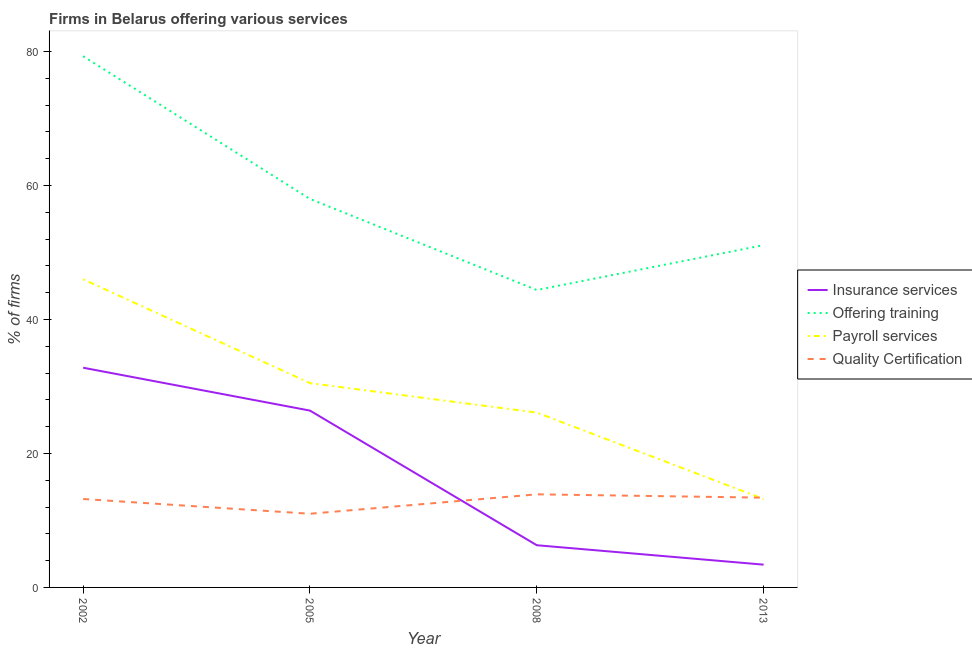
| Year | Insurance services | Offering training | Payroll services | Quality Certification |
 | --- | --- | --- | --- | --- |
 | 2002 | 32.8 | 79.3 | 46 | 13.2 |
 | 2005 | 26.4 | 58 | 30.5 | 11 |
 | 2008 | 6.3 | 44.4 | 26.1 | 13.9 |
 | 2013 | 3.4 | 51.1 | 13.2 | 13.4 |